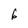
Character: 6